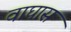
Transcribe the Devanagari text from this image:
वाघास